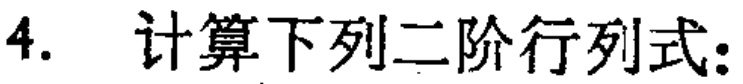
4. 计算下列二阶行列式：